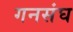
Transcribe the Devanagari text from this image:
गनसंघ